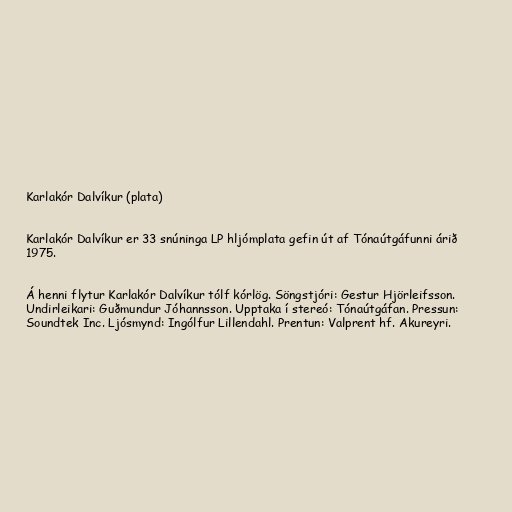
Karlakór Dalvíkur (plata)

Karlakór Dalvíkur er 33 snúninga LP hljómplata gefin út af Tónaútgáfunni árið
1975.

Á henni flytur Karlakór Dalvíkur tólf kórlög. Söngstjóri: Gestur Hjörleifsson.
Undirleikari: Guðmundur Jóhannsson. Upptaka í stereó: Tónaútgáfan. Pressun:
Soundtek Inc. Ljósmynd: Ingólfur Lillendahl. Prentun: Valprent hf. Akureyri.